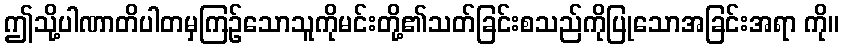
ဤသို့ပါဏာတိပါတမှကြဉ်သောသူကိုမင်းတို့၏သတ်ခြင်းစသည်ကိုပြုသောအခြင်းအရာ ကို။